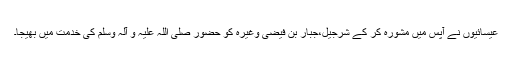
عیسائیوں نے آپس میں مشورہ کر کے شرجیل،جبار بن فیضی وغیرہ کو حضور صلی اللہ علیہ و آلہ وسلم کی خدمت میں بھیجا۔